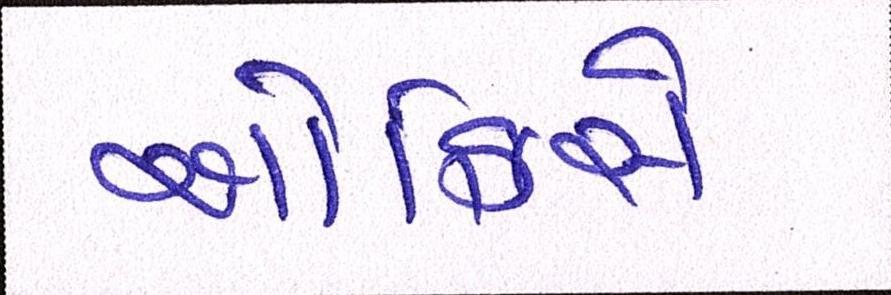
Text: ઓફિસે